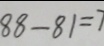
8 8 - 8 1 = 7